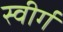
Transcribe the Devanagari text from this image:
स्वीर्ग